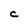
Character: c